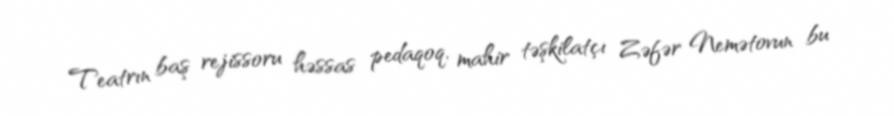
Teatrın baş rejissoru həssas pedaqoq, mahir təşkilatçı Zəfər Nemətovun bu